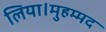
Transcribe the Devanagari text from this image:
लिया।मुहम्मद